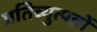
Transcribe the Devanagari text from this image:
प्रतिव्युत्पन्नों